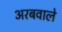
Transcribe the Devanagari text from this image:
अरबवाले